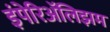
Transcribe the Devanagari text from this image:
इंपेरिॲलिझम